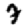
Digit: 7